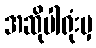
အဆိုပါရုံးမှ